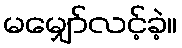
မမျှော်လင့်ခဲ့။